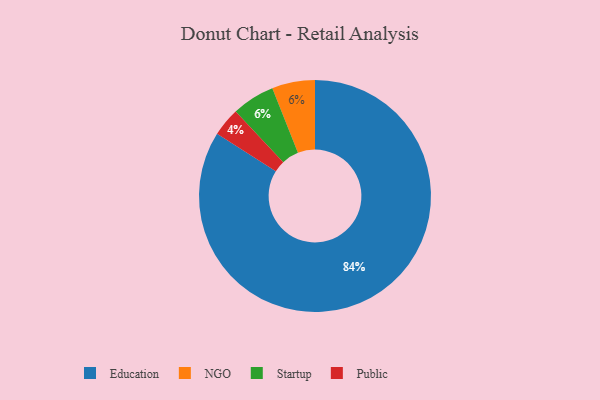
{"axis": {"x": "Category", "y": "Percentage"}, "legend": ["Education", "NGO", "Public", "Startup"], "data": [{"x": "NGO", "y": 6, "type": "NGO"}, {"x": "Education", "y": 84, "type": "Education"}, {"x": "Startup", "y": 6, "type": "Startup"}, {"x": "Public", "y": 4, "type": "Public"}]}